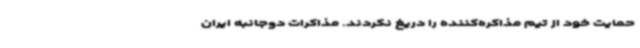
حمایت خود از تیم مذاکره‌کننده را دریغ نکردند. مذاکرات دوجانبه ایران